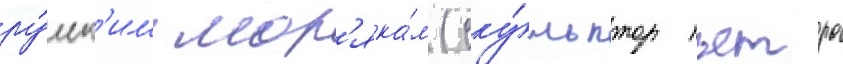
ру́сск'им мор'яка́м (ску́льптор пьетро